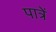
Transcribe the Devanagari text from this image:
पात्रें